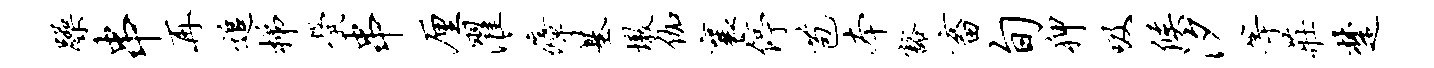
躁串再追梯茕串厘濯瘴基墩伽襄停苞本豁畜旬狎吸候汐等庄楚